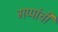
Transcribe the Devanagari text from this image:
गप्पांची